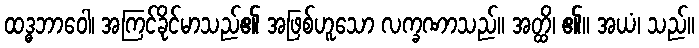
ထဒ္ဓဘာဝေါ၊ အကြင်ခိုင်မာသည်၏ အဖြစ်ဟူသော လက္ခဏာသည်။ အတ္ထိ၊ ၏။ အယံ၊ သည်။